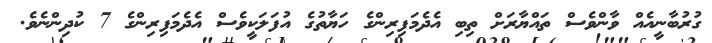
ގުރުބާނީއެއް ވާންވެސް ތައްޔާރަށް ތިބި އެދެމަފިރިންގެ ހަޔާތުގެ އުފަލަކީވެސް އެދެމަފިރިންގެ 7 ކުދިންނެވެ.